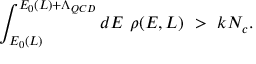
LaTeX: \int _ { E _ { 0 } ( L ) } ^ { E _ { 0 } ( L ) + \Lambda _ { Q C D } } d E ~ \rho ( E , L ) ~ > ~ k N _ { c } .